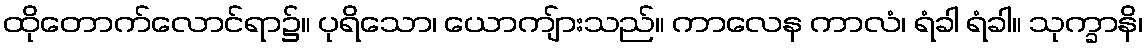
ထိုတောက်လောင်ရာ၌။ ပုရိသော၊ ယောကျ်ားသည်။ ကာလေန ကာလံ၊ ရံခါ ရံခါ။ သုက္ခာနိ၊